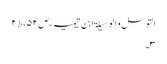
التوسل و الوسیلۃ ابن تیمیہ،ص۵۲،ط۲
۳۔